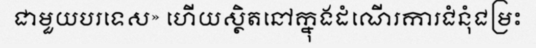
ជាមួយបរទេស» ហើយស្ថិតនៅក្នុងដំណើរការជំនុំជម្រះ